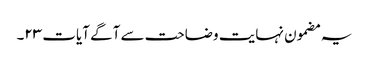
یہ مضمون نہایت وضاحت سے آگے آیات ۲۳۔